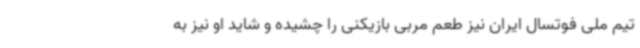
تیم ملی فوتسال ایران نیز طعم مربی بازیکنی را چشیده و شاید او نیز به